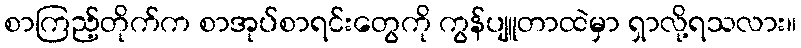
စာကြည့်တိုက်က စာအုပ်စာရင်းတွေကို ကွန်ပျူတာထဲမှာ ရှာလို့ရသလား။